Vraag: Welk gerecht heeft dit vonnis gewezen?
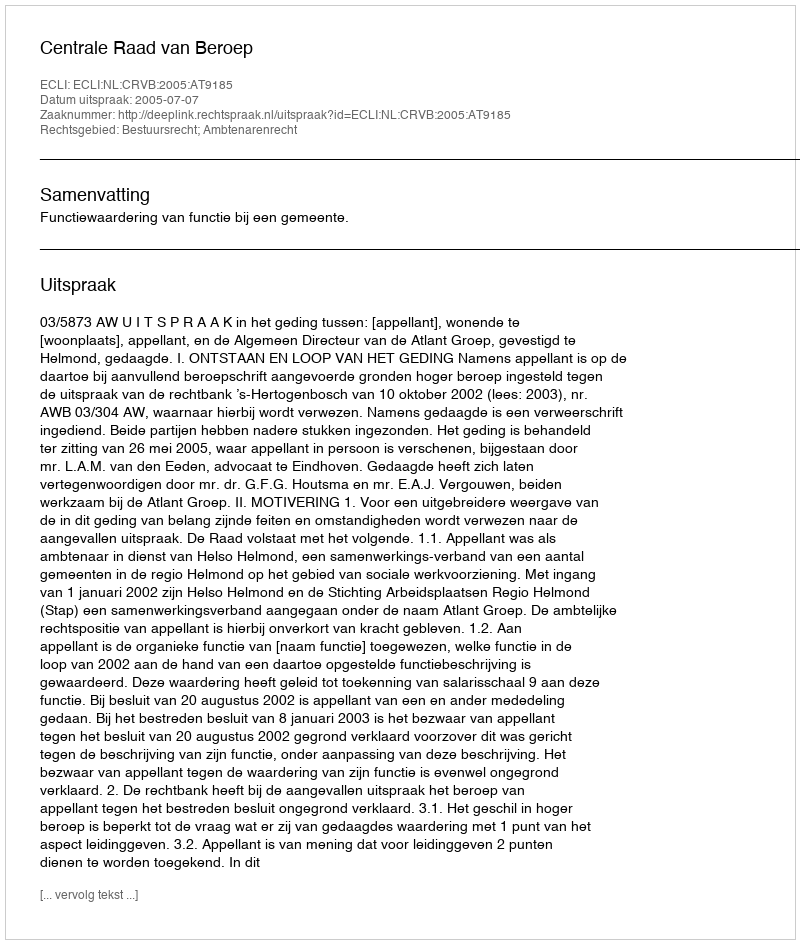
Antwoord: Centrale Raad van Beroep